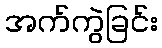
အက်ကွဲခြင်း